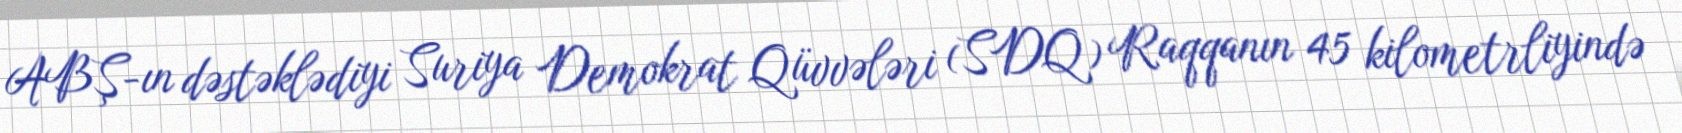
ABŞ-ın dəstəklədiyi Suriya Demokrat Qüvvələri (SDQ) Raqqanın 45 kilometrliyində